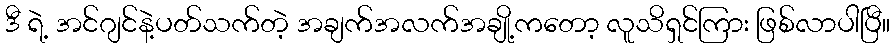
ဒီ ရဲ့ အင်ဂျင်နဲ့ပတ်သက်တဲ့ အချက်အလက်အချို့ကတော့ လူသိရှင်ကြား ဖြစ်လာပါပြီ။